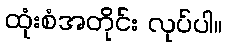
ထုံးစံအတိုင်း လုပ်ပါ။